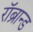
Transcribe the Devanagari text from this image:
रॉब्रान्ड